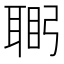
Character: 𮋴